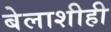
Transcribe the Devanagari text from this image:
बेलाशीही